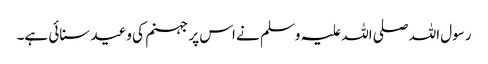
رسول اللہ صلی اللہ علیہ وسلم نے اس پر جہنم کی وعید سنائی ہے۔